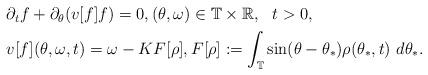
LaTeX: \begin{align*}\begin{aligned} \displaystyle & \partial_t f + \partial_{\theta} (v[f] f) = 0, (\theta, \omega) \in \mathbb T \times \mathbb R,~~t > 0, \\& v[f](\theta, \omega, t) = \omega - K F [\rho], F [\rho] := \int_{\mathbb T} \sin(\theta-\theta_*) \rho(\theta_*,t) ~ d\theta_*.\end{aligned}\end{align*}